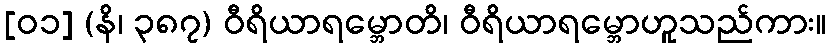
[၀၁] (နိ၊ ၃၈၇) ဝီရိယာရမ္ဘောတိ၊ ဝီရိယာရမ္ဘောဟူသည်ကား။